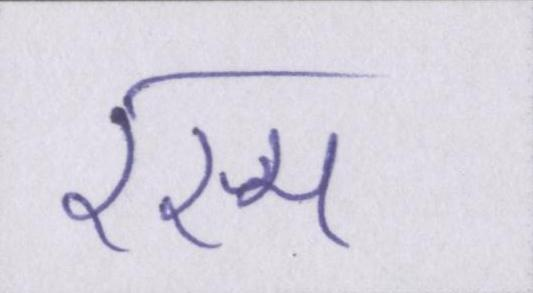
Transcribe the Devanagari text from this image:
रस्म